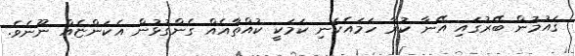
ޤައުމުން ބޭރުގައި އޭނާ ކުރާ ހަމައެކަނި ކަމަކީ ކުއްތާއެއް ގެންގުޅުން އެކަންޏެއް ނޫނެވެ.